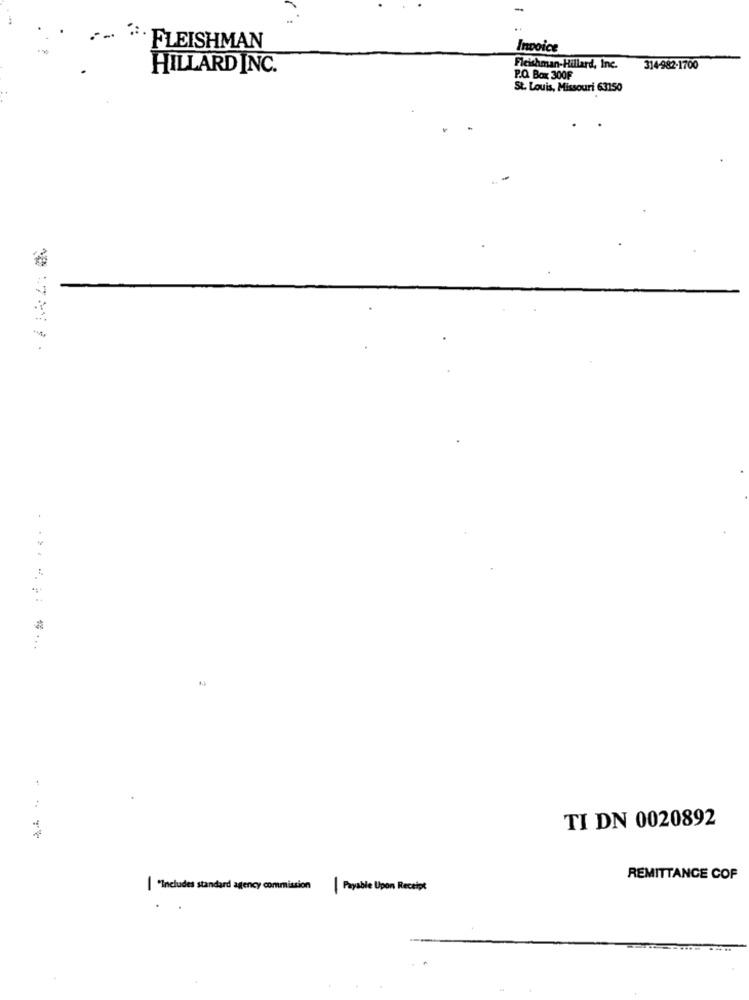
-
FLEISHMAN
Invoice
HILLARD INC.
Fleishman-Hillard, Ine.
314-982-1700
P.O. Box 300F
St. Louis, Missouri 63150
-
....... ....
TI DN 0020892
REMITTANCE COF
| *Includes standard agency commission| Payable Upon Receipt